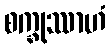
စက္ခုဿာဟံ